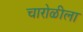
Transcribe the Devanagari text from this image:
चारोळीला